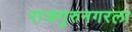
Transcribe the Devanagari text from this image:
राजगुरुनगरला